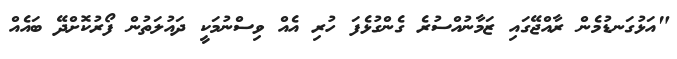
"އަޅުގަނޑުމެން ރާއްޖޭގައި ޒަމާނުއްސުރެ ގެންގުޅެފަ ހުރި އެއް ވިސްނުމަކީ ދައުލަތުން ފޯރުކޮށްދޭ ބައެއް